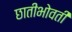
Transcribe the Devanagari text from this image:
छातीभोवती